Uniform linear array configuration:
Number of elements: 48
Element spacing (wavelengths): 0.75
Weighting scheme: uniform
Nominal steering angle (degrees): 45
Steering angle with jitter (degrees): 44.323
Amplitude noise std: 0.05
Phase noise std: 0.05

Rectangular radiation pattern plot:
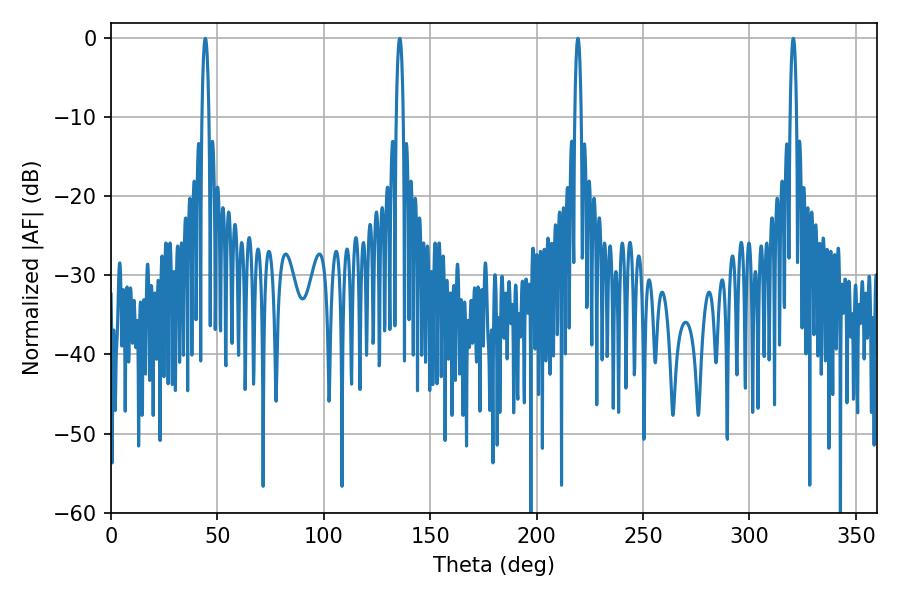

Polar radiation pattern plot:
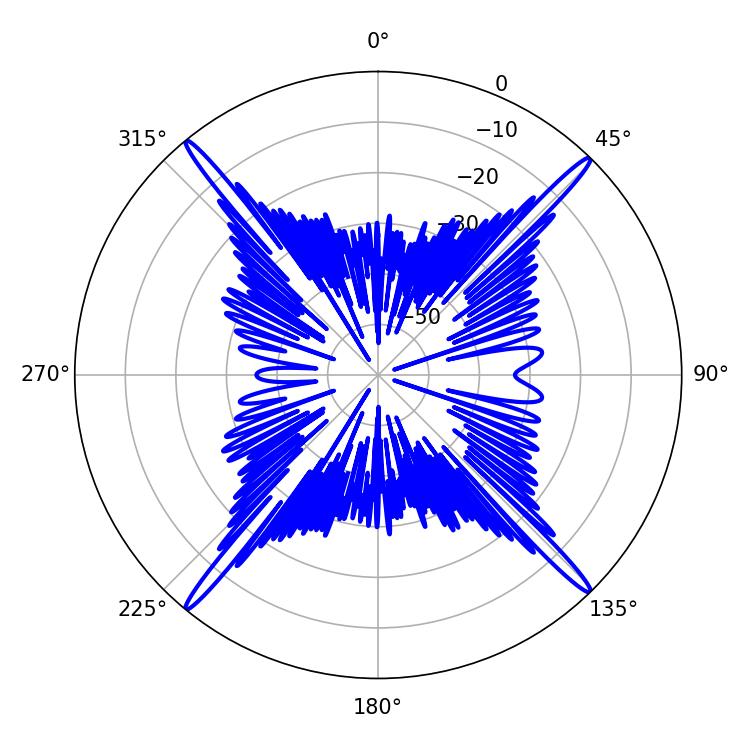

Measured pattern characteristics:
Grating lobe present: TRUE
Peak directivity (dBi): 23.48
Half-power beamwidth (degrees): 1.62
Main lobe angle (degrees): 320.58